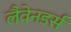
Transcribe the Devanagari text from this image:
लैवेनडर्स